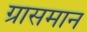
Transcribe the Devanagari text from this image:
ग्रासमान